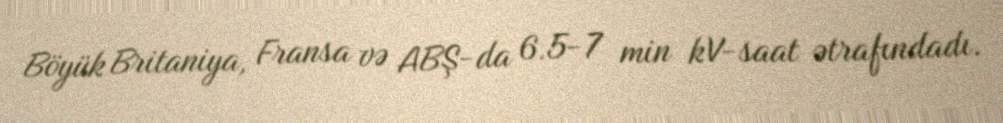
Böyük Britaniya, Fransa və ABŞ-da 6.5-7 min kV-saat ətrafındadı.